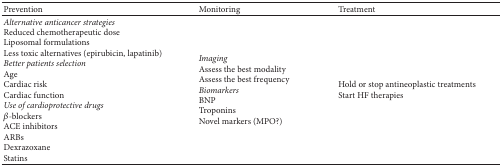
<table><thead><tr><td><b>Prevention</b></td><td><b>Monitoring</b></td><td><b>Treatment</b></td></tr></thead><tbody><tr><td><i>Alternative anticancer strategies</i> Reduced chemotherapeutic doseLiposomal formulationsLess toxic alternatives (epirubicin, lapatinib)<i>Better patients selection</i> AgeCardiac riskCardiac function<i>Use of cardioprotective drugs</i> <i>β</i>-blockersACE inhibitorsARBsDexrazoxaneStatins</td><td><i>Imaging</i> Assess the best modalityAssess the best frequency<i>Biomarkers</i> BNPTroponinsNovel markers (MPO?) </td><td>Hold or stop antineoplastic treatmentsStart HF therapies</td></tr></tbody></table>